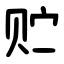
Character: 贮